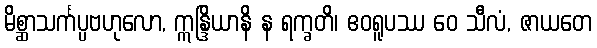
မိစ္ဆာသင်္ကပ္ပဗဟုလော, ဣန္ဒြိယာနိ န ရက္ခတိ၊ ဧဝရူပဿ ဝေ သီလံ, ဇာယတေ